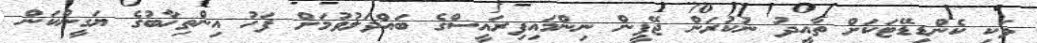
ވަކި ކެންޑިޑޭޓަކަށް ތާއީދު ނުކުރަން ޖޭޕީން ނިންމައިފިރައީސްގެ ބައްދަލުވުމަށް ފަހު އިންތިޚާބުގެ ޔަގީންކަން